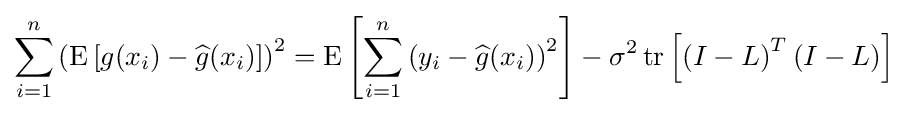
\sum _{i=1}^{n}\left(\operatorname {E} \left[g(x_{i})-{\widehat {g}}(x_{i})\right]\right)^{2}=\operatorname {E} \left[\sum _{i=1}^{n}\left(y_{i}-{\widehat {g}}(x_{i})\right)^{2}\right]-\sigma ^{2}\operatorname {tr} \left[\left(I-L\right)^{T}\left(I-L\right)\right]